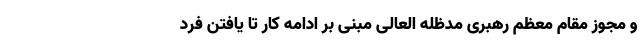
و مجوز مقام معظم رهبری مدظله العالی مبنی بر ادامه کار تا یافتن فرد